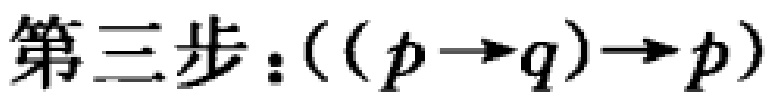
第三步：\(((p\rightarrow q)\rightarrow p)\)